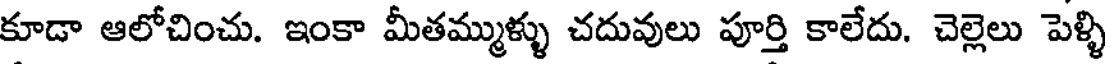
కూడా ఆలోచించు. ఇంకా మీతమ్ముళ్ళు చదువులు పూర్తి కాలేదు. చెల్లెలు పెళ్ళి